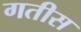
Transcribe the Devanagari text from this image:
गतीस